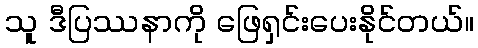
သူ ဒီပြဿနာကို ဖြေရှင်းပေးနိုင်တယ်။